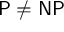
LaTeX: { \mathsf { P } } \neq { \mathsf { N P } }